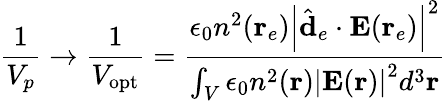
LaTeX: \frac{1}{V_{p}}\rightarrow\frac{1}{V_{\mathrm{opt}}}=\frac{\epsilon_{0}n^{2}(\mathbf{r}_{e})\left|\hat{\mathbf{d}}_{e}\cdot\mathbf{E}(\mathbf{r}_{e})\right|^{2}}{\int_{V}\epsilon_{0}n^{2}(\mathbf{r})\left|\mathbf{E}(\mathbf{r})\right|^{2}d^{3}\mathbf{r}}